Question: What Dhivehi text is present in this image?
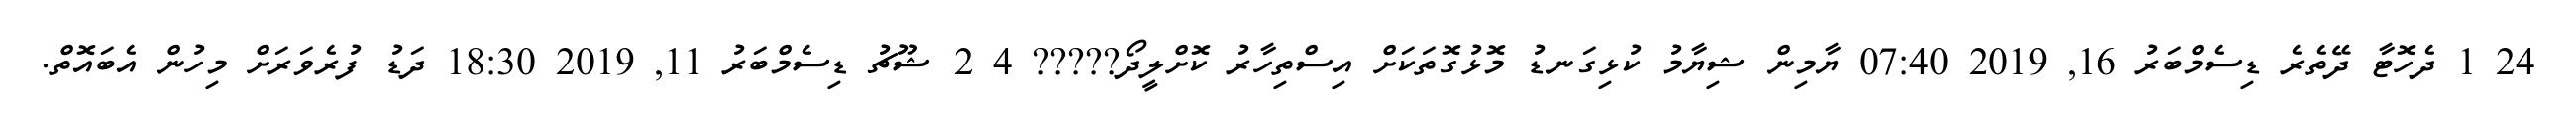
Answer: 24 1 ދެހޮޓާ ދޭތެރެ ޑިސެމްބަރު 16, 2019 07:40 ޔާމިން ޝިޔާމު ކުޅިގަނޑު މޮޅުގޮތަކަށް އިސްތިހާރު ކޮށްލީދޯ????? 4 2 ޝޫޗު ޑިސެމްބަރު 11, 2019 18:30 ދަޑު ފުރެވަރަށް މިހުން އެބައޮތް.